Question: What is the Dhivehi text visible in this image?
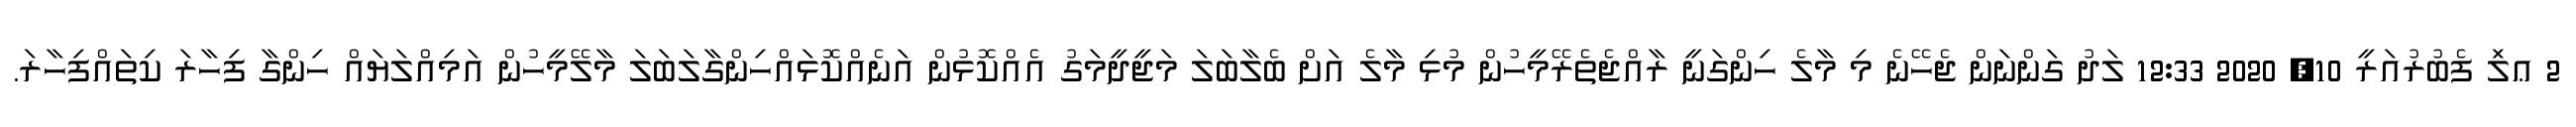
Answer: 2 ޢލަި ފެބުރުއަރީ 10, 2020 12:33 ލަދު ގަންނަން ޖެހޭނެ މި މާލެ ހިންގަނީ ރާއްޖެތެރޭމީހުން މުޅި މާލެ އަށް ބެލާބަލަ މަޖީދީމަގު އެއްކޮޅުން އަނެއްކޮޅައްހިންގާލަބަލަ މާލޭމީހުން އަމިއްލަޔައް ހިންގާ ފިހާރަ ކިތައްފިހާރަ.